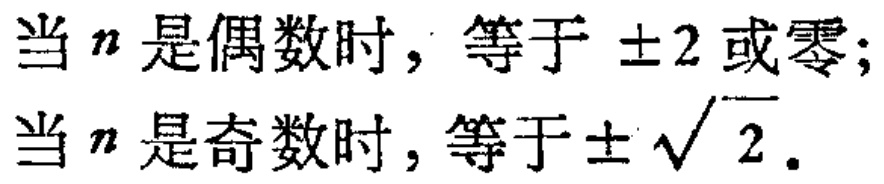
当\(n\)是偶数时，等于\(\pm2\)或零；当\(n\)是奇数时，等于\(\pm\sqrt{2}\)。